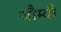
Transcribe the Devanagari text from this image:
जौम्बी